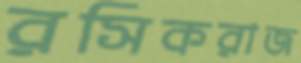
রসিকরাজ